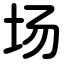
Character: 场